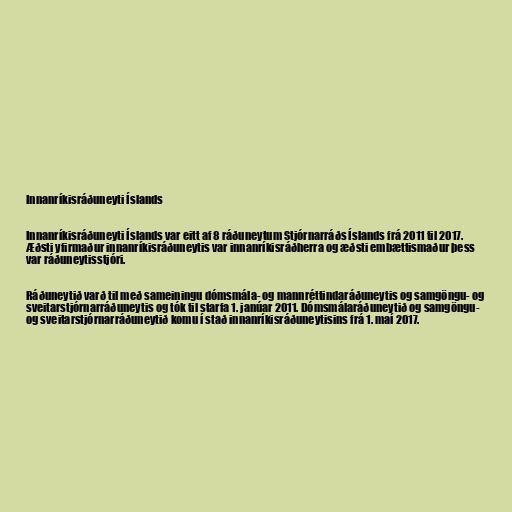
Innanríkisráðuneyti Íslands

Innanríkisráðuneyti Íslands var eitt af 8 ráðuneytum Stjórnarráðs Íslands frá 2011 til 2017.
Æðsti yfirmaður innanríkisráðuneytis var innanríkisráðherra og æðsti embættismaður þess
var ráðuneytisstjóri.

Ráðuneytið varð til með sameiningu dómsmála- og mannréttindaráðuneytis og samgöngu- og
sveitar­stjórnar­ráðuneytis og tók til starfa 1. janúar 2011. Dómsmálaráðuneytið og samgöngu-
og sveitarstjórnarráðuneytið komu í stað innanríkisráðuneytisins frá 1. maí 2017.